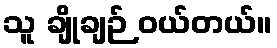
သူ ချိုချဉ် ဝယ်တယ်။